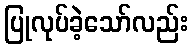
ပြုလုပ်ခဲ့သော်လည်း